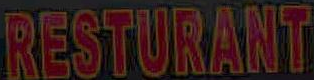
RESTURANT